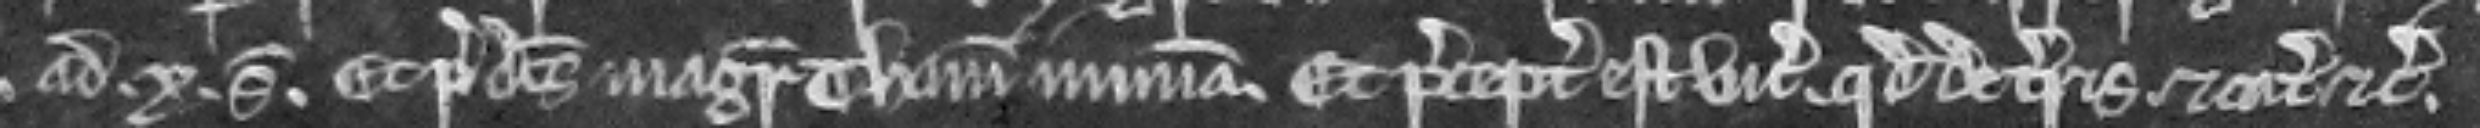
ad x solidos. Et predictus Magister Thomas in misericordia. Et preceptum est vicecomiti quod de terris et catallis etc.